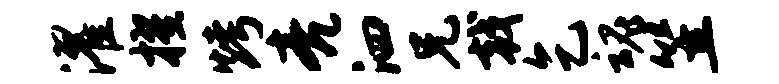
濯擢烤亮泗兄戟乞魂笠